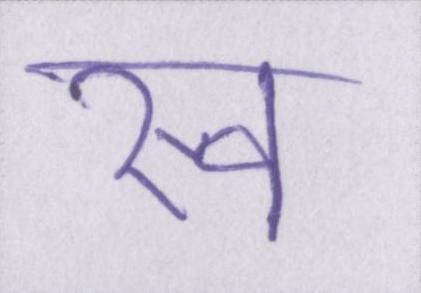
स्व